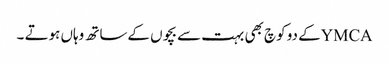
YMCAکے دو کوچ بھی بہت سے بچوں کےساتھ وہاں ہوتے ۔